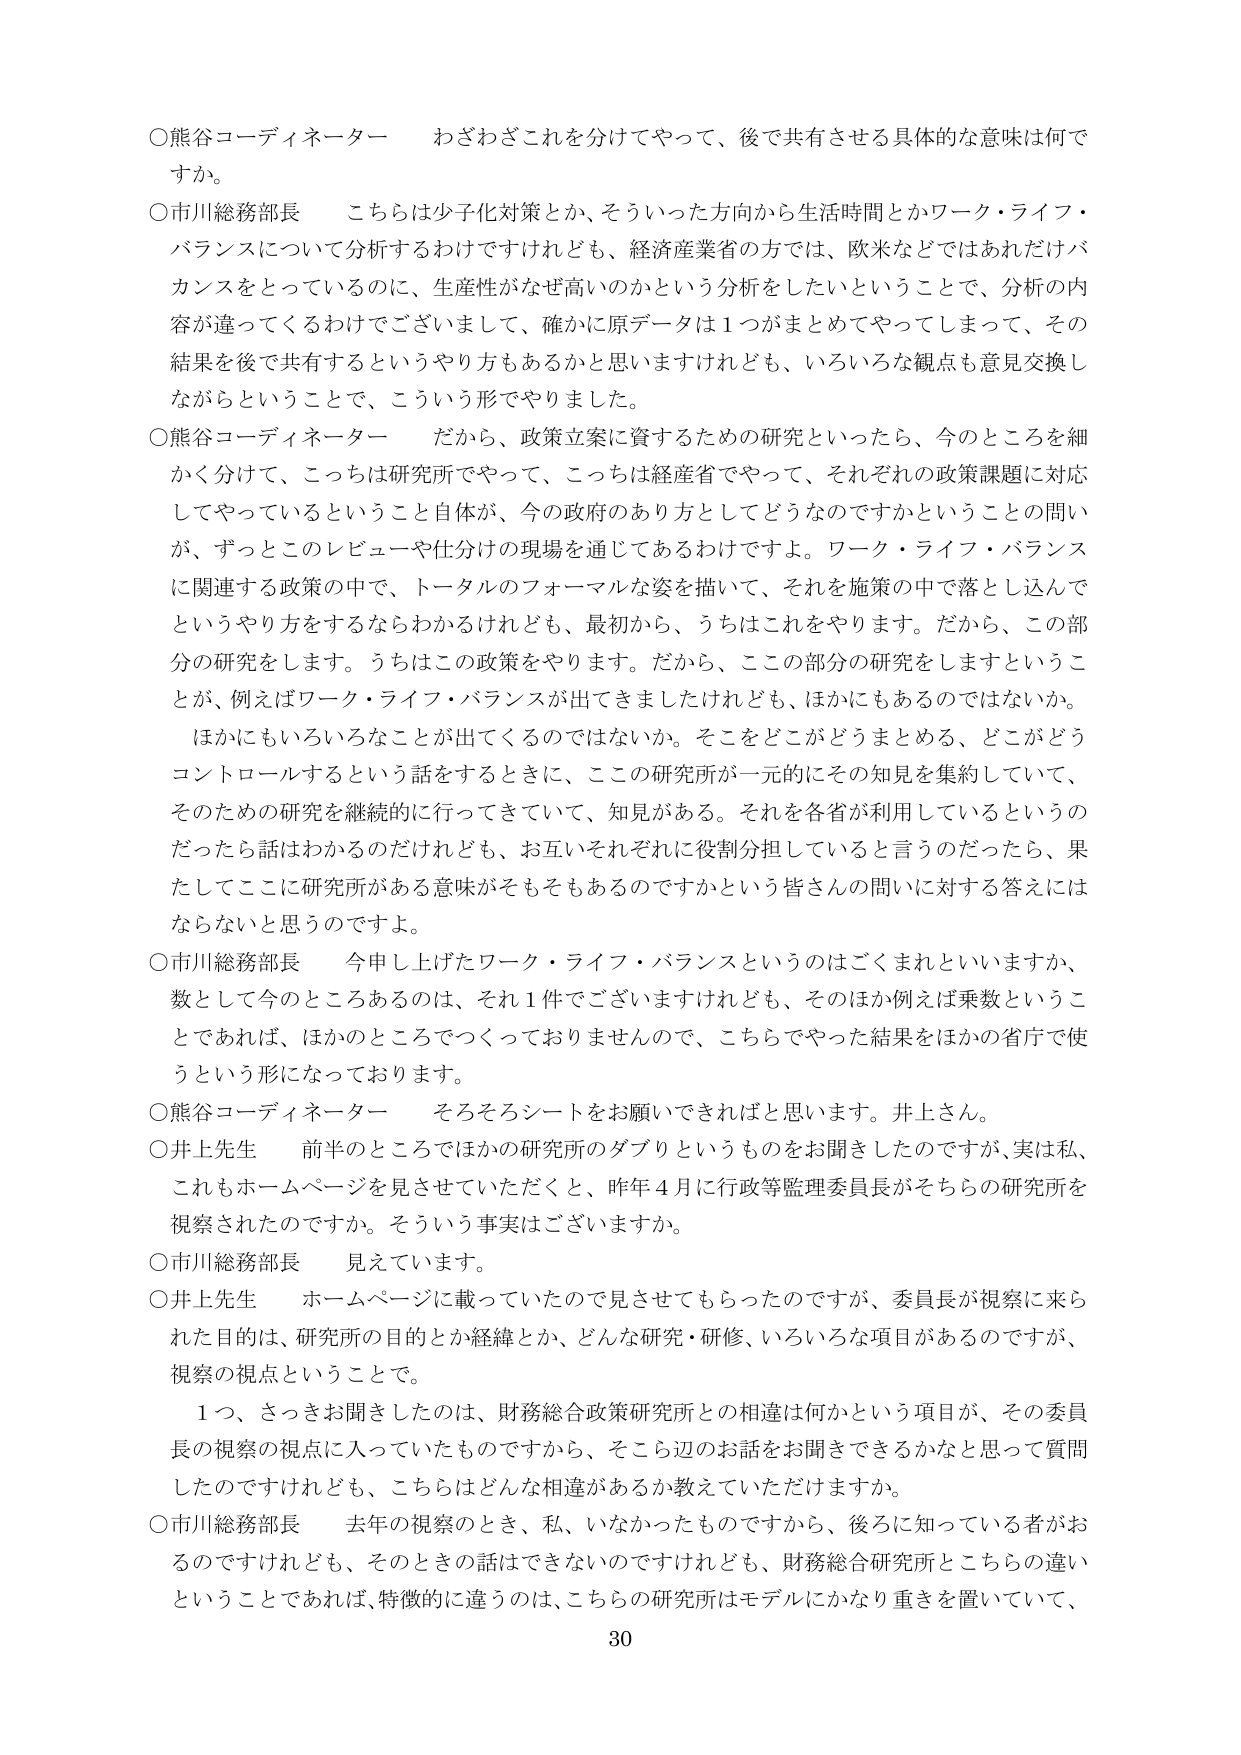
○熊谷コーディネーター　わざわざこれを分けてやって、後で共有させる具体的な意味は何ですか。

○市川総務部長　こちらは少子化対策とか、そういった方向から生活時間とかワーク・ライフ・バランスについて分析するわけですが、経済産業省の方では、欧米などではあれだけバランスをとっているのに、生産性がなぜ高いのかという分析をしたいということで、分析の内容が違ってくるわけでございまして、確かに原データは1つがまとめてやってしまって、その結果を後で共有するというやり方もあるかと思いますけれども、いろいろな観点も意見交換しながらということで、こういう形でやりました。

○熊谷コーディネーター　だから、政策立案に資するための研究といったら、今のところを細かく分けて、こっちは研究所でやって、こっちは経産省でやって、それぞれの政策課題に対応してやっているということ自体が、今の政府のあり方としてどうなのですかということの問いが、ずっとこのレビューや仕分けの現場を通じてあるわけです。ワーク・ライフ・バランスに関連する政策の中で、トータルのフォーマルな姿を描いて、それを施策の中で落とし込んでというやり方をするならわかるけれども、最初から、うちはこれをやります。だから、この部分の研究をします。うちはこの政策をやります。だから、この部分の研究をしますということ、例えばワーク・ライフ・バランスが出てきましたけれども、ほかにもあるのではないか。ほかにもいろいろなことが出てくるのではないか。そこをどこがどうまとめる、どこがどうコントロールするという話をするときに、この研究所が一元的にその知見を集約していて、そのための研究を継続的に行ってきていて、知見がある。それを各省が利用しているというのだったら話はわかるのだけれども、お互いそれぞれに役割分担していると言うのだったら、果たしてここに研究所がある意味がそもそもあるのですかという皆さんの問いに対する答えにはならないと思うのです。

○市川総務部長　今申し上げたワーク・ライフ・バランスというのはごまめといいますか、数として今のところあるのは、それ1件でございますけれども、そのほか例えば乗数ということであれば、ほかのところでつくっておりませんので、こちらでやった結果をほかの省庁で使うという形になっております。

○熊谷コーディネーター　そろそろシートをお願いできればと思います。井上さん。

○井上先生　前半のところでほかの研究所のダブリというものをお聞きしたのですが、実は私、これもホームページを見させていただくと、昨年4月に行政等監理委員長がそちらの研究所を視察されたのですか。そういう事実はございますか。

○市川総務部長　見えています。

○井上先生　ホームページに載っていたので見させてもらったのですが、委員長が視察に来られた目的は、研究所の目的とか経緯とか、どんな研究・研修、いろいろな項目があるのですが、視察の視点ということで。

　1つ、さっきお聞きしたのは、財務総合政策研究所との相違は何かという項目が、その委員長の視察の視点に入っていたものですから、そこら辺のお話を聞けるかなと思って質問したのですけれども、こちらはどんな相違があるか教えていただけますか。

○市川総務部長　去年の視察のとき、私、いなかったものですから、後ろに知っている者がおるのですけれども、そのときの話はできないのですけれども、財務総合研究所とこちらの違いということでであれば、特徴的に違うのは、こちらの研究所はモデルにかなり重きを置いていて、

30